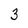
Character: 3